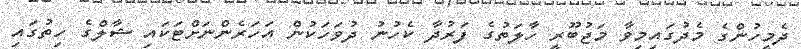
ދެމީހުންގެ މެދުގައިމިވާ މަޖުބޫރީ ހާލަތުގެ ފަރުދާ ކެހުނު ދުވަހަކުން އަހަރެންނަށްޓަކައި ޝާލްގެ ހިތުގައި